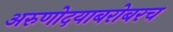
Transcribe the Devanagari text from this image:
अरुणोदयाबरोबरच